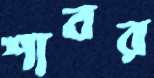
শাবর